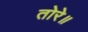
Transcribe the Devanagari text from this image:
तोरे॥